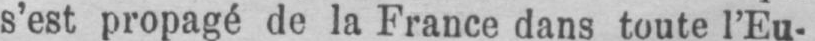
s’est propagé de la France dans toute l’Eu-